Medical and sanitary report of the native army of Madras for the year
Year: 1872
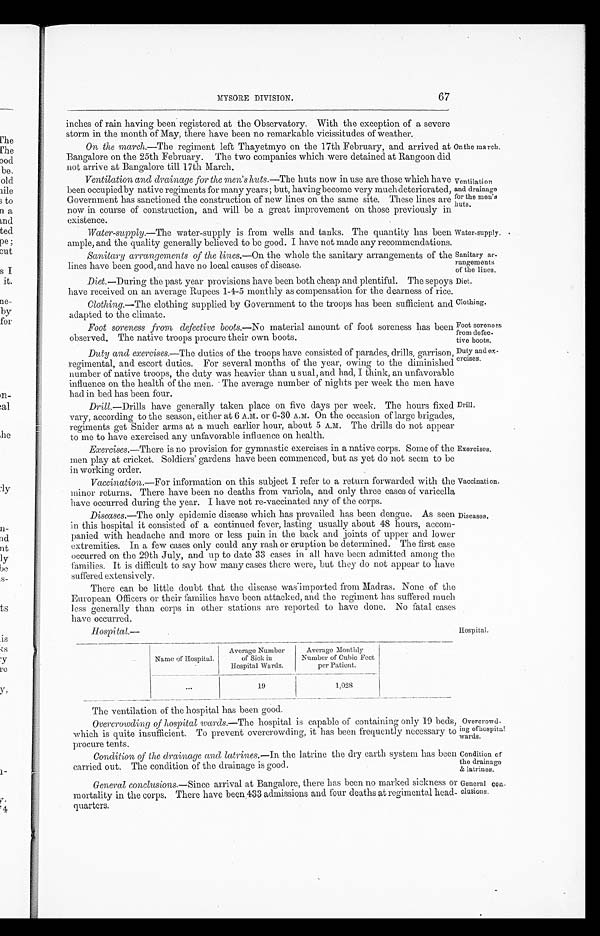
67
MYSORE DIVISION.
inches of rain having been registered at the Observatory. With the exception of a severe
storm in the month of May, there have been no remarkable vicissitudes of weather.
On the march.—The regiment left Thayetmyo on the 17th February, and arrived at
Bangalore on the 25th February. The two companies which were detained at Rangoon did
not arrive at Bangalore till 17th March.
Ventilation and drainage for the men's huts.—The huts now in use are those which have
been occupied by native regiments for many years ; but, having become very much deteriorated,
Government has sanctioned the construction of new lines on the same site. These lines are
now in course of construction, and will be a great improvement on those previously in
existence.
Water-supply.—The water-supply is from wells and tanks. The quantity has been
ample, and the quality generally believed to be good. I have not made any recommendations.
Sanitary arrangements of the lines.— On the whole the sanitary arrangements of the
lines have been good, and have no local causes of disease.
Diet.—During the past year provisions have been both cheap and plentiful. The sepoys
have received on an average Rupees 1-4-5 monthly as compensation for the dearness of rice.
Clothing.—The clothing supplied by Government to the troops has been sufficient and
adapted to the climate.
Foot soreness from defective boots.— No material amount of foot soreness has beer
observed. The native troops procure their own boots.
Duty and exercises.—The duties of the troops have consisted of parades, drills, garrison
regimental, and escort duties. For several. months of the year, owing to the diminishe d
number of native troops, the duty was heavier than usual, and had, I think, an unfavorable
influence on the health of the men. The average number of nights per week the men have
had in bed has been four.
have generally taken place on five days per week. The hours fixed
vary, according to the season, either at 6 A.M. or 6-30 A.M. On the occasion of large brigades
regiments get Snider arms at a much earlier hour, about 5 A.M. The drills do not appeal
to me to have exercised any unfavorable influence on health.
Exercises.—There is no provision for gymnastic exercises in a native corps. Some of the
men play at cricket. Soldiers' gardens have been commenced, but as yet do not seem to
i n working order.
Vaccination.—For information on this subject I refer to a return forwarded with the
minor returns. There have been no deaths from variola, and only three cases of varicella
have occurred during the year. I have not re-vaccinated any of the corps.
Diseases.—The only epidemic disease which has prevailed has been dengue. As seen
in this hospital it consisted of a continued fever, lasting usually about 48 hours, accom
-
panied with headache and more or less pain in the back and joints of upper and lo
w e r e x t r e m i t i e s . I n a f e w c a s e s o n l y c o u l d a n y r a s h o r e r u p t i o n b e d e t e r m i n e d . T h e f i r s t c a s t
occurred on the 29th July, and up to date 33 cases in all have been admitted among tin
families. It is difficult to say how many cases there were, but they do not appear to have
suffered extensively.
There can be little doubt that the disease was imported from Madras. None of the
European Officers or their families have been attacked, and the regiment has suffered much
less generally than corps in other stations are reported to have done. No fatal case:
have occurred.
Hospital.—
On the march.
Ventilation
and drainage
for the men's
huts.
Water-supply.
Sanitary ar-
rangements
of the lines.
Diet.
Clothing.
Foot soreness
from defec-
tive boots.
Duty and ex-
ercises.
Drill.
Exercises.
Vaccination.
Diseases.
Hospital.
Name of Hospital.
Average Number
of Sick in
hospital Wards.
Average Monthly
Number of Cubic Feet
per Patient.
...
19
1,028
The ventilation of the hospital has been good.
Overcrowding of hospital wards. —The hospital is capable of containing only 19 beds,
which is quite insufficient. To prevent overcrowding, it has been frequently necessary to
procure tents.
Condition of the drainage and latrines.— In the latrine the dry earth system has been
carried out. The condition of the drainage is good.
General conclusions.— Since arrival at Bangalore, there has been no marked sickness or
mortality in the corps. There have been 433 admissions and four deaths at regimental head-
quarters.
Overcrowd
-ing of hospital
wards.
Condition of
the drainage
& latrines.
General coa-
eIusions.